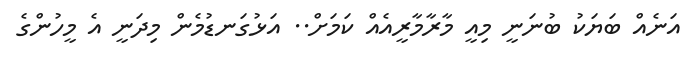
އަނެއް ބަޔަކު ބުނަނީ މިއީ މާރާމާރީއެއް ކަމަށް.. އަޅުގަނޑުމެން މިދަނީ އެ މީހުންގެ